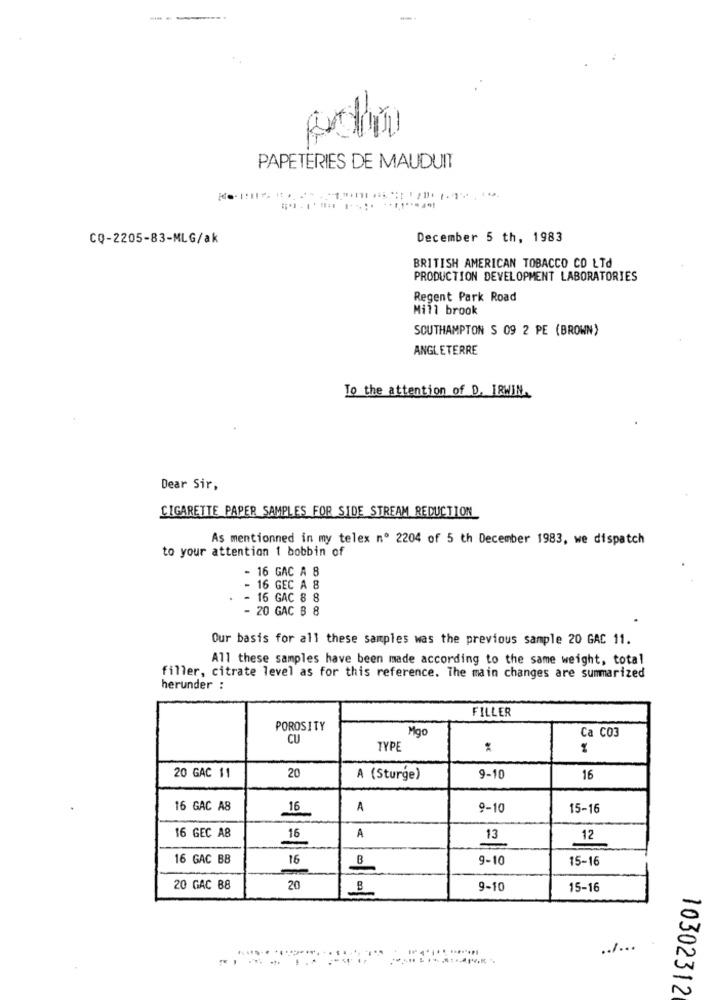
---
-
PAPETERIES DE MAUDUIT
CQ-2205-83-MLG/ak
December 5 th, 1983
BRITISH AMERICAN TOBACCO CO LTD
PRODUCTION DEVELOPMENT LABORATORIES
Regent Park Road
Mill brook
SOUTHAMPTON S 09 2 PE (BROWN)
ANGLETERRE
To the attention of D. IRWIN.
Dear Sir,
CIGARETTE PAPER SAMPLES FOR SIDE STREAM REDUCTION
As mentionned in my telex nº 2204 of 5 th December 1983, we dispatch
to your attention 1 bobbin of
- 16 GAC A 8
- 16 GEC A 8
- 16 GAC 8 8
- 20 GAC B 8
Our basis for all these samples was the previous sample 20 GAC 11.
All these samples have been made according to the same weight, total
filler, citrate level as for this reference. The main changes are summarized
herunder :
FILLER
POROSITY
CU
Mgo
Ca CO3
TYPE
.€
20
20 GAC 11
A (Sturge)
9-10
16
16 GAC A8
16
A
9-10
15-16
16 GEC A8
16
A
13
12
16 GAC BB
16
9-10
15-16
20 GAC 88
20
9-10
15-16
.. / ...
S
N
10302312